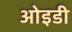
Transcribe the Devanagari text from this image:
ओइडी